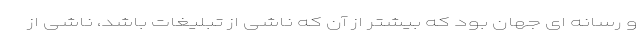
و رسانه ای جهان بود که بیشتر از آن که ناشی از تبلیغات باشد، ناشی از